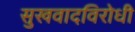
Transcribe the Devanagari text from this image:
सुखवादविरोधी